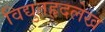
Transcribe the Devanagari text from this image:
विद्युतहृदलेख